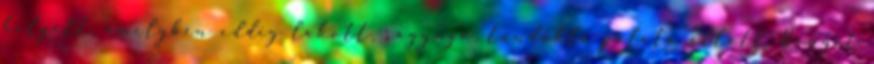
helyett, amelyben eddig lakott, ragyogó, tündöklő palota állott Benyit